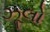
ઝૂલો